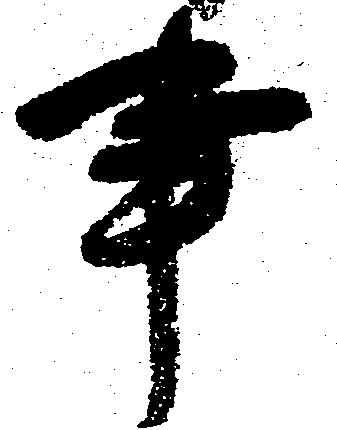
事